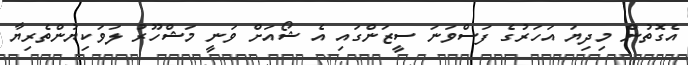
އެގޮތުން މިދިޔަ އަހަރުގެ ފަސްވަނަ ސީޒަންގައި އެ ޝޯއަށް ވަނީ މަޝްހޫރު ލަވަކިޔުންތެރިޔާ